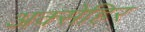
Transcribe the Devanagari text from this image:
अक्सेहिर